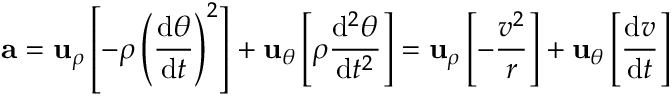
\mathbf { a } = \mathbf { u } _ { \rho } \left[ - \rho \left( { \frac { \mathrm { d } \theta } { \mathrm { d } t } } \right) ^ { 2 } \right] + \mathbf { u } _ { \theta } \left[ \rho { \frac { \mathrm { d } ^ { 2 } \theta } { \mathrm { d } t ^ { 2 } } } \right] = \mathbf { u } _ { \rho } \left[ - { \frac { v ^ { 2 } } { r } } \right] + \mathbf { u } _ { \theta } \left[ { \frac { \mathrm { d } v } { \mathrm { d } t } } \right]